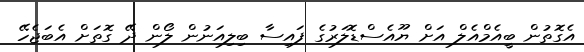
އެގޮތުން ބީއެމްއެލް އަށް ޔޫއެސްޑޮލަރުގެ ފައިސާ ބިލިއަނުން ލޯން ދޭ ގޮތަށް އެބަޖެހޭ